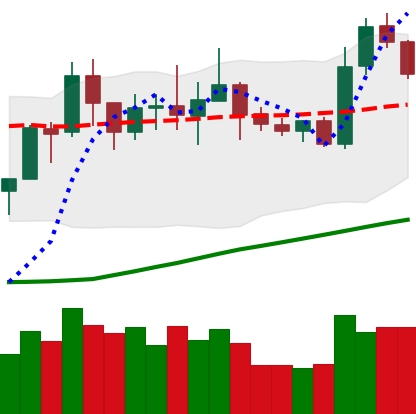
Ticker: NEO-USD
Chart end date: 2020-07-24
Forward return: 5.513%
Label: up_5_7